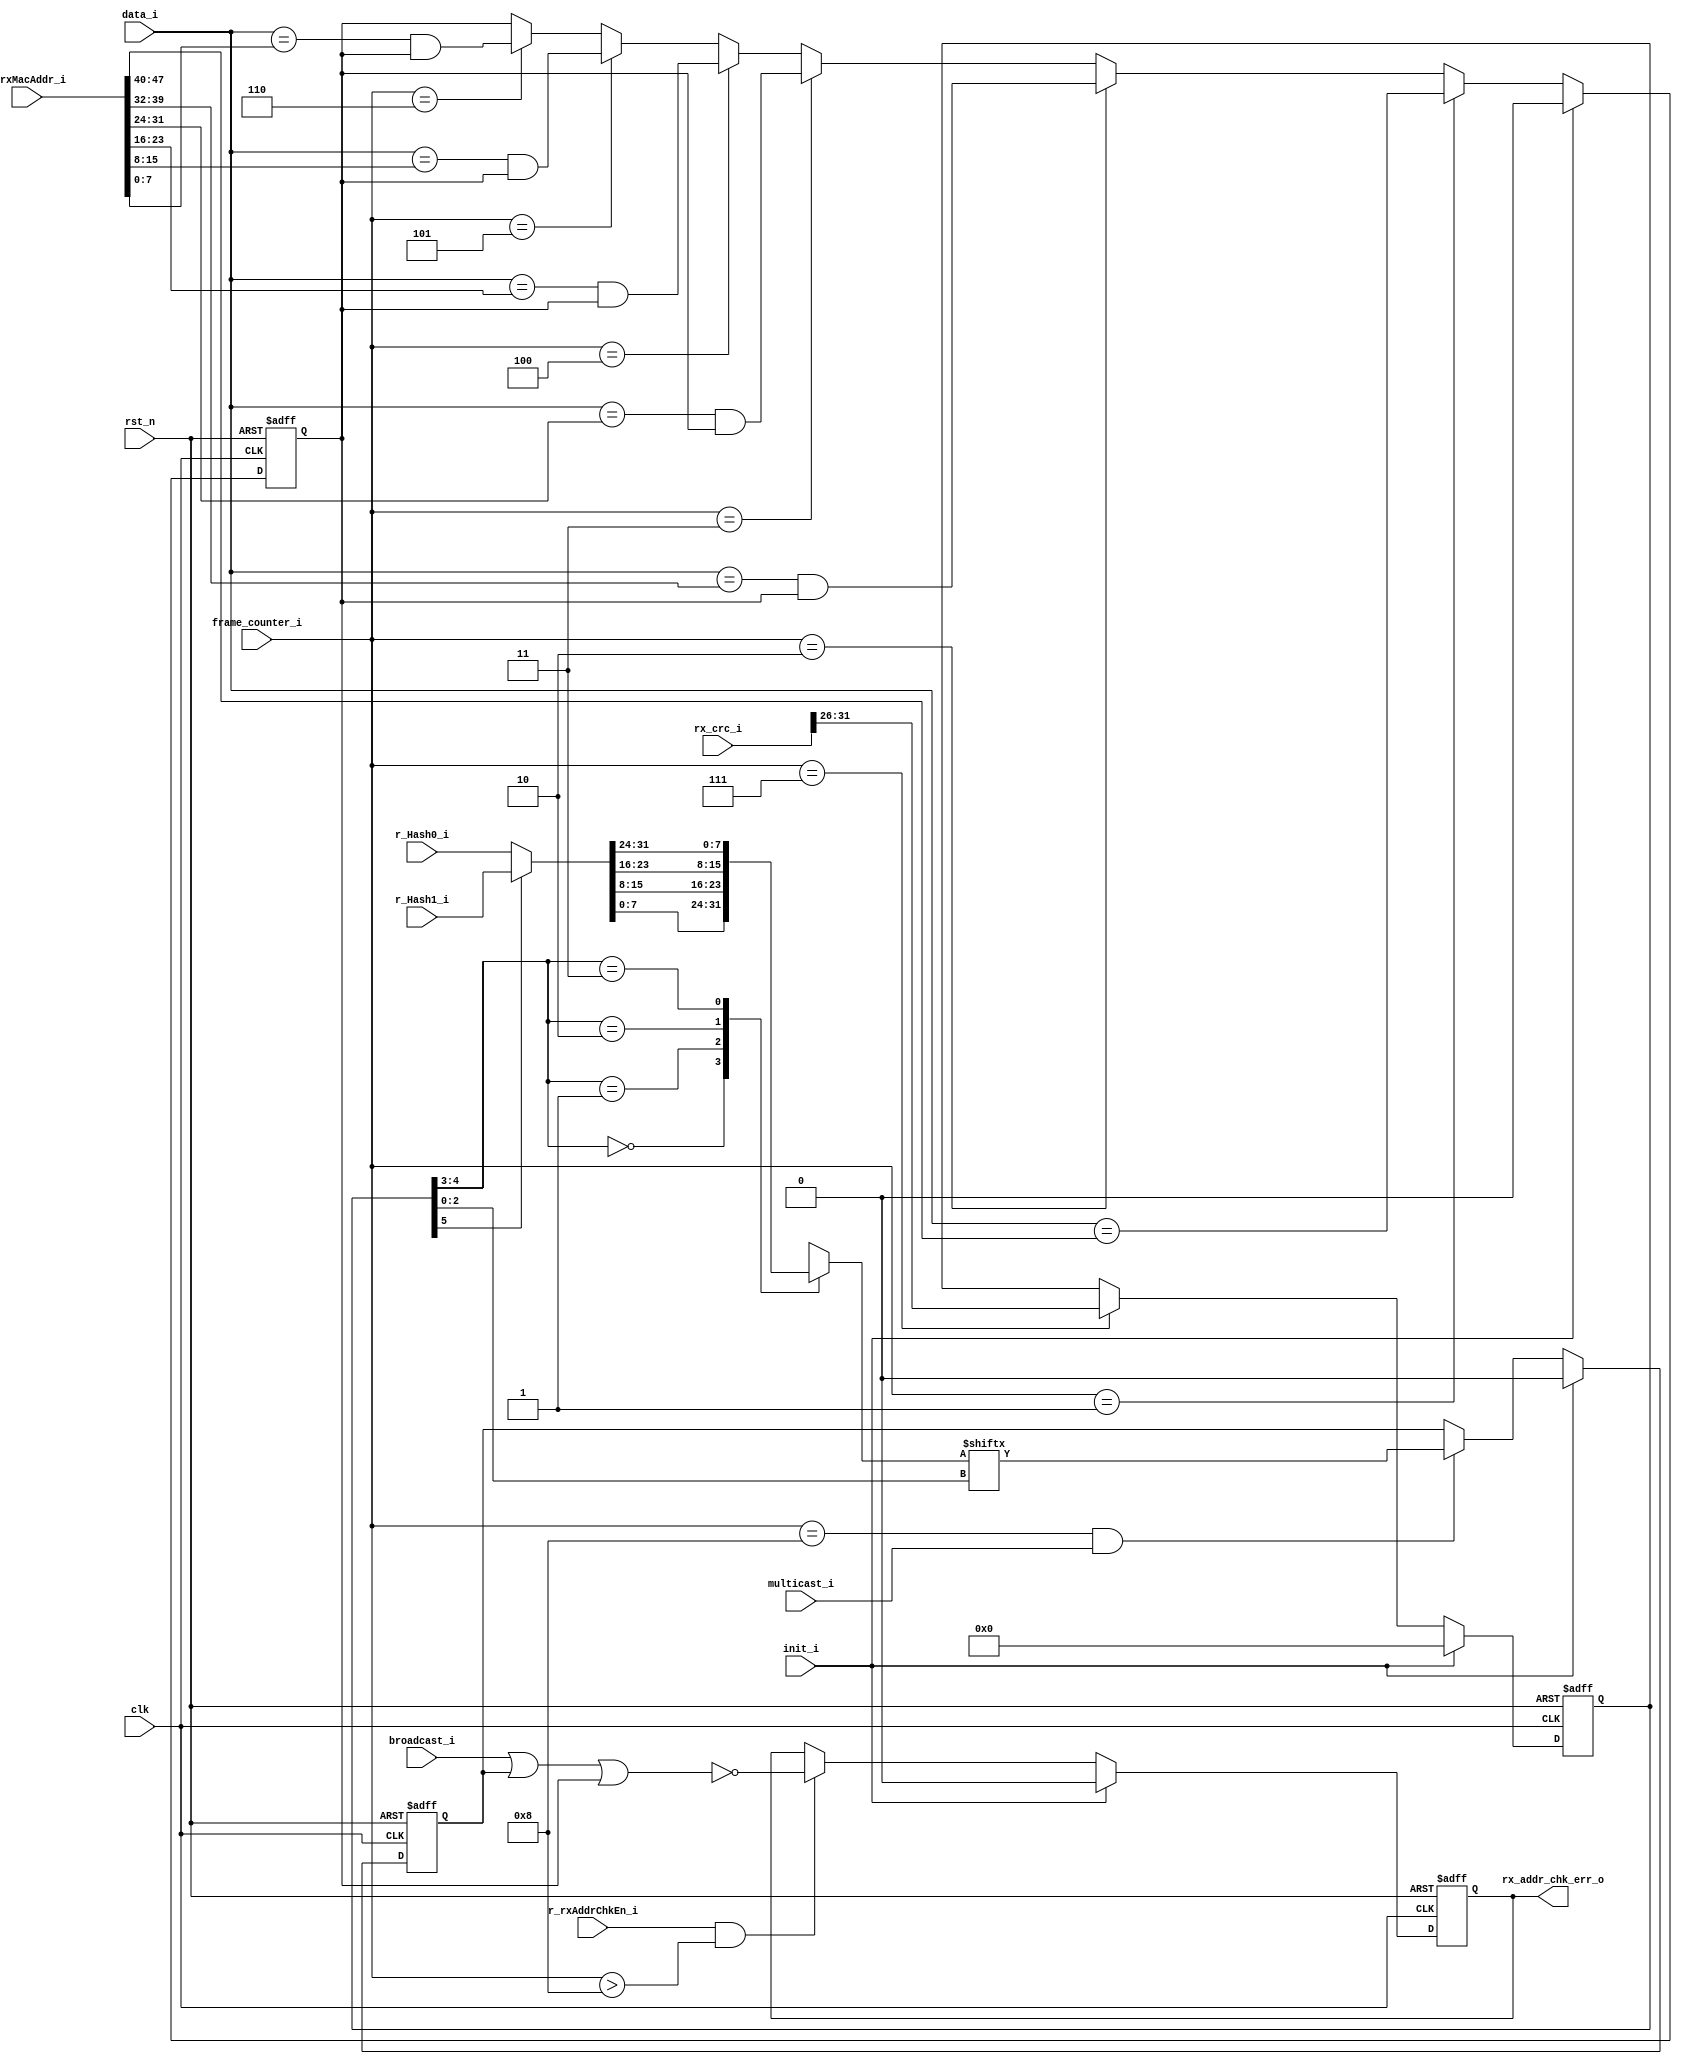
// This program was cloned from: https://github.com/lvzhengde/tsn-soc
// License: BSD 3-Clause "New" or "Revised" License

/*+
 * Copyright (c) 2022-2023 Zhengde
 * 
 * All rights reserved.
 * 
 * Redistribution and use in source and binary forms, with or without
 * modification, are permitted provided that the following conditions are met:
 * 
 * 1 Redistributions of source code must retain the above copyright notice, this
 *   list of conditions and the following disclaimer.
 * 
 * 2 Redistributions in binary form must reproduce the above copyright notice,
 *   this list of conditions and the following disclaimer in the documentation
 *   and/or other materials provided with the distribution.
 * 
 * 3 Neither the name of the copyright holder nor the names of its
 *   contributors may be used to endorse or promote products derived from
 *   this software without specific prior written permission.
 * 
 * THIS SOFTWARE IS PROVIDED BY THE COPYRIGHT HOLDERS AND CONTRIBUTORS "AS IS"
 * AND ANY EXPRESS OR IMPLIED WARRANTIES, INCLUDING, BUT NOT LIMITED TO, THE
 * IMPLIED WARRANTIES OF MERCHANTABILITY AND FITNESS FOR A PARTICULAR PURPOSE ARE
 * DISCLAIMED. IN NO EVENT SHALL THE COPYRIGHT HOLDER OR CONTRIBUTORS BE LIABLE
 * FOR ANY DIRECT, INDIRECT, INCIDENTAL, SPECIAL, EXEMPLARY, OR CONSEQUENTIAL
 * DAMAGES (INCLUDING, BUT NOT LIMITED TO, PROCUREMENT OF SUBSTITUTE GOODS OR
 * SERVICES; LOSS OF USE, DATA, OR PROFITS; OR BUSINESS INTERRUPTION) HOWEVER
 * CAUSED AND ON ANY THEORY OF LIABILITY, WHETHER IN CONTRACT, STRICT LIABILITY,
 * OR TORT (INCLUDING NEGLIGENCE OR OTHERWISE) ARISING IN ANY WAY OUT OF THE USE
 * OF THIS SOFTWARE, EVEN IF ADVISED OF THE POSSIBILITY OF SUCH DAMAGE.
-*/

/*+
 *  MAC address check for received frames
-*/

module emac_rx_addr_chk (
    input               rst_n             ,
    input               clk               ,

    //emac_rx_ctrl interface
    input               init_i            ,
    input  [7:0]        data_i            ,
    input               multicast_i       , //is multicast address
    input               broadcast_i       , //is broadcast address
    input  [31:0]       rx_crc_i          ,
    input  [15:0]       frame_counter_i   ,
    output reg          rx_addr_chk_err_o ,

    //Host interface
    input               r_rxAddrChkEn_i   , //check RX MAC address enable    
    input  [47:0]       r_rxMacAddr_i     , //MAC address used for check
    input  [31:0]       r_Hash0_i         , //HASH table for address check, lower 4 bytes
    input  [31:0]       r_Hash1_i           //HASH table for address check, upper 4 bytes 
);
    //++
    //internal signals
    //--

    reg          multicast_ok;
    reg          unicast_ok;
    reg  [5:0]   crc_hash;
    wire [31:0]  word_hash;
    reg  [7:0]   byte_hash;
    wire         hash_bit;

    //Hash table processing
    always @(posedge clk or negedge rst_n) begin
        if(!rst_n)
            crc_hash <= 6'h0;
        else if(init_i)
            crc_hash <= 6'h0;
        else if(frame_counter_i == 7)
            crc_hash <= rx_crc_i[31:26];
    end
    
    assign word_hash[31:0] = (crc_hash[5]) ? r_Hash1_i : r_Hash0_i;

    always @(*) begin
        case(crc_hash[4:3])
            2'b00:   byte_hash = word_hash[7:0];
            2'b01:   byte_hash = word_hash[15:8];
            2'b10:   byte_hash = word_hash[23:16];
            2'b11:   byte_hash = word_hash[31:24];
            default: byte_hash = 8'h0;
        endcase
    end

    assign hash_bit = byte_hash[crc_hash[2:0]];

    //Hash address check, multicast
    always @(posedge clk or negedge rst_n) begin
        if(!rst_n)
            multicast_ok <= 0;
        else if(init_i)
            multicast_ok <= 0;
        else if(frame_counter_i == 8 && multicast_i)
            multicast_ok <= hash_bit;
    end

    //unicast address detection
    always @(posedge clk or negedge rst_n) begin
        if(!rst_n)
            unicast_ok <= 0;
        else if(init_i)
            unicast_ok <= 0;
        else if(frame_counter_i == 1)
            unicast_ok <= (data_i[7:0] == r_rxMacAddr_i[47:40]);
        else if(frame_counter_i == 2)
            unicast_ok <= (data_i[7:0] == r_rxMacAddr_i[39:32]) & unicast_ok;
        else if(frame_counter_i == 3)
            unicast_ok <= (data_i[7:0] == r_rxMacAddr_i[31:24]) & unicast_ok;
        else if(frame_counter_i == 4)
            unicast_ok <= (data_i[7:0] == r_rxMacAddr_i[23:16]) & unicast_ok;
        else if(frame_counter_i == 5)
            unicast_ok <= (data_i[7:0] == r_rxMacAddr_i[15:8]) & unicast_ok;
        else if(frame_counter_i == 6)
            unicast_ok <= (data_i[7:0] == r_rxMacAddr_i[7:0]) & unicast_ok;
    end

    //output address check error signal
    wire address_invalid = ~(broadcast_i | multicast_ok | unicast_ok);

    always @(posedge clk or negedge rst_n) begin
        if(!rst_n)
            rx_addr_chk_err_o <= 0;
        else if(init_i)
            rx_addr_chk_err_o <= 0;
        else if(r_rxAddrChkEn_i && frame_counter_i > 8)
            rx_addr_chk_err_o <= address_invalid;
    end

endmodule